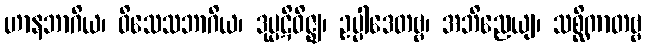
ဟာနဘာဂိယ၊ ဝိသေသဘာဂိယ၊ ဒုပ္ပဋိဝိဇ္ဈ၊ ဥပ္ပါဒေတဗ္ဗ၊ အဘိညေယျ၊ သစ္ဆိကာတဗ္ဗ